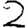
Digit: 2